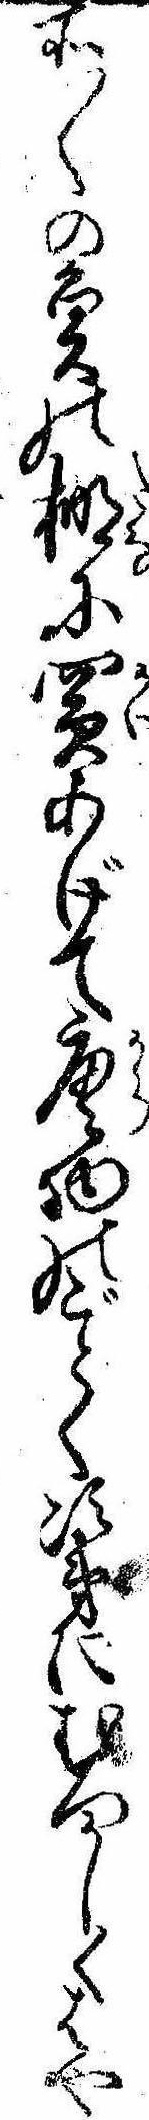
所〱の魚の棚に買あげて唐物のごとく次第にむつかしくはや